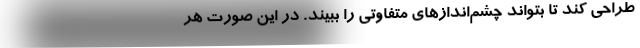
طراحی کند تا بتواند چشم‌اندازهای متفاوتی را ببیند. در این صورت هر